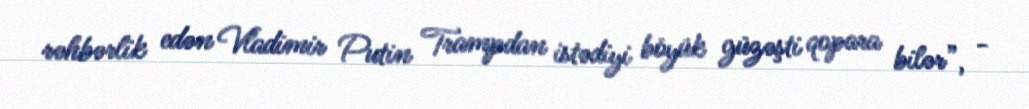
rəhbərlik edən Vladimir Putin Trampdan istədiyi böyük güzəşti qopara bilər”, -